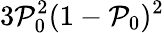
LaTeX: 3\mathcal{P}_{0}^{2}(1-\mathcal{P}_{0})^{2}